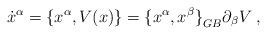
LaTeX: \begin{align*}{\dot x}^\alpha = \{ {x}^\alpha, V(x) \} ={ \{ x^\alpha, x^\beta \} }_{GB} \partial_\beta V\;,\end{align*}